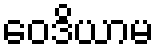
ဝေဒိယာမ